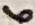
Text: 6